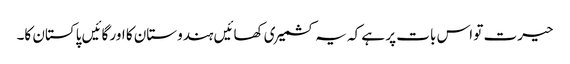
حیرت تو اس بات پر ہے کہ یہ کشمیری کھائیں ہندوستان کا اور گائیں پاکستان کا۔